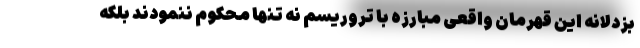
بزدلانه این قهرمان واقعی مبارزه با تروریسم نه تنها محکوم ننمودند بلکه